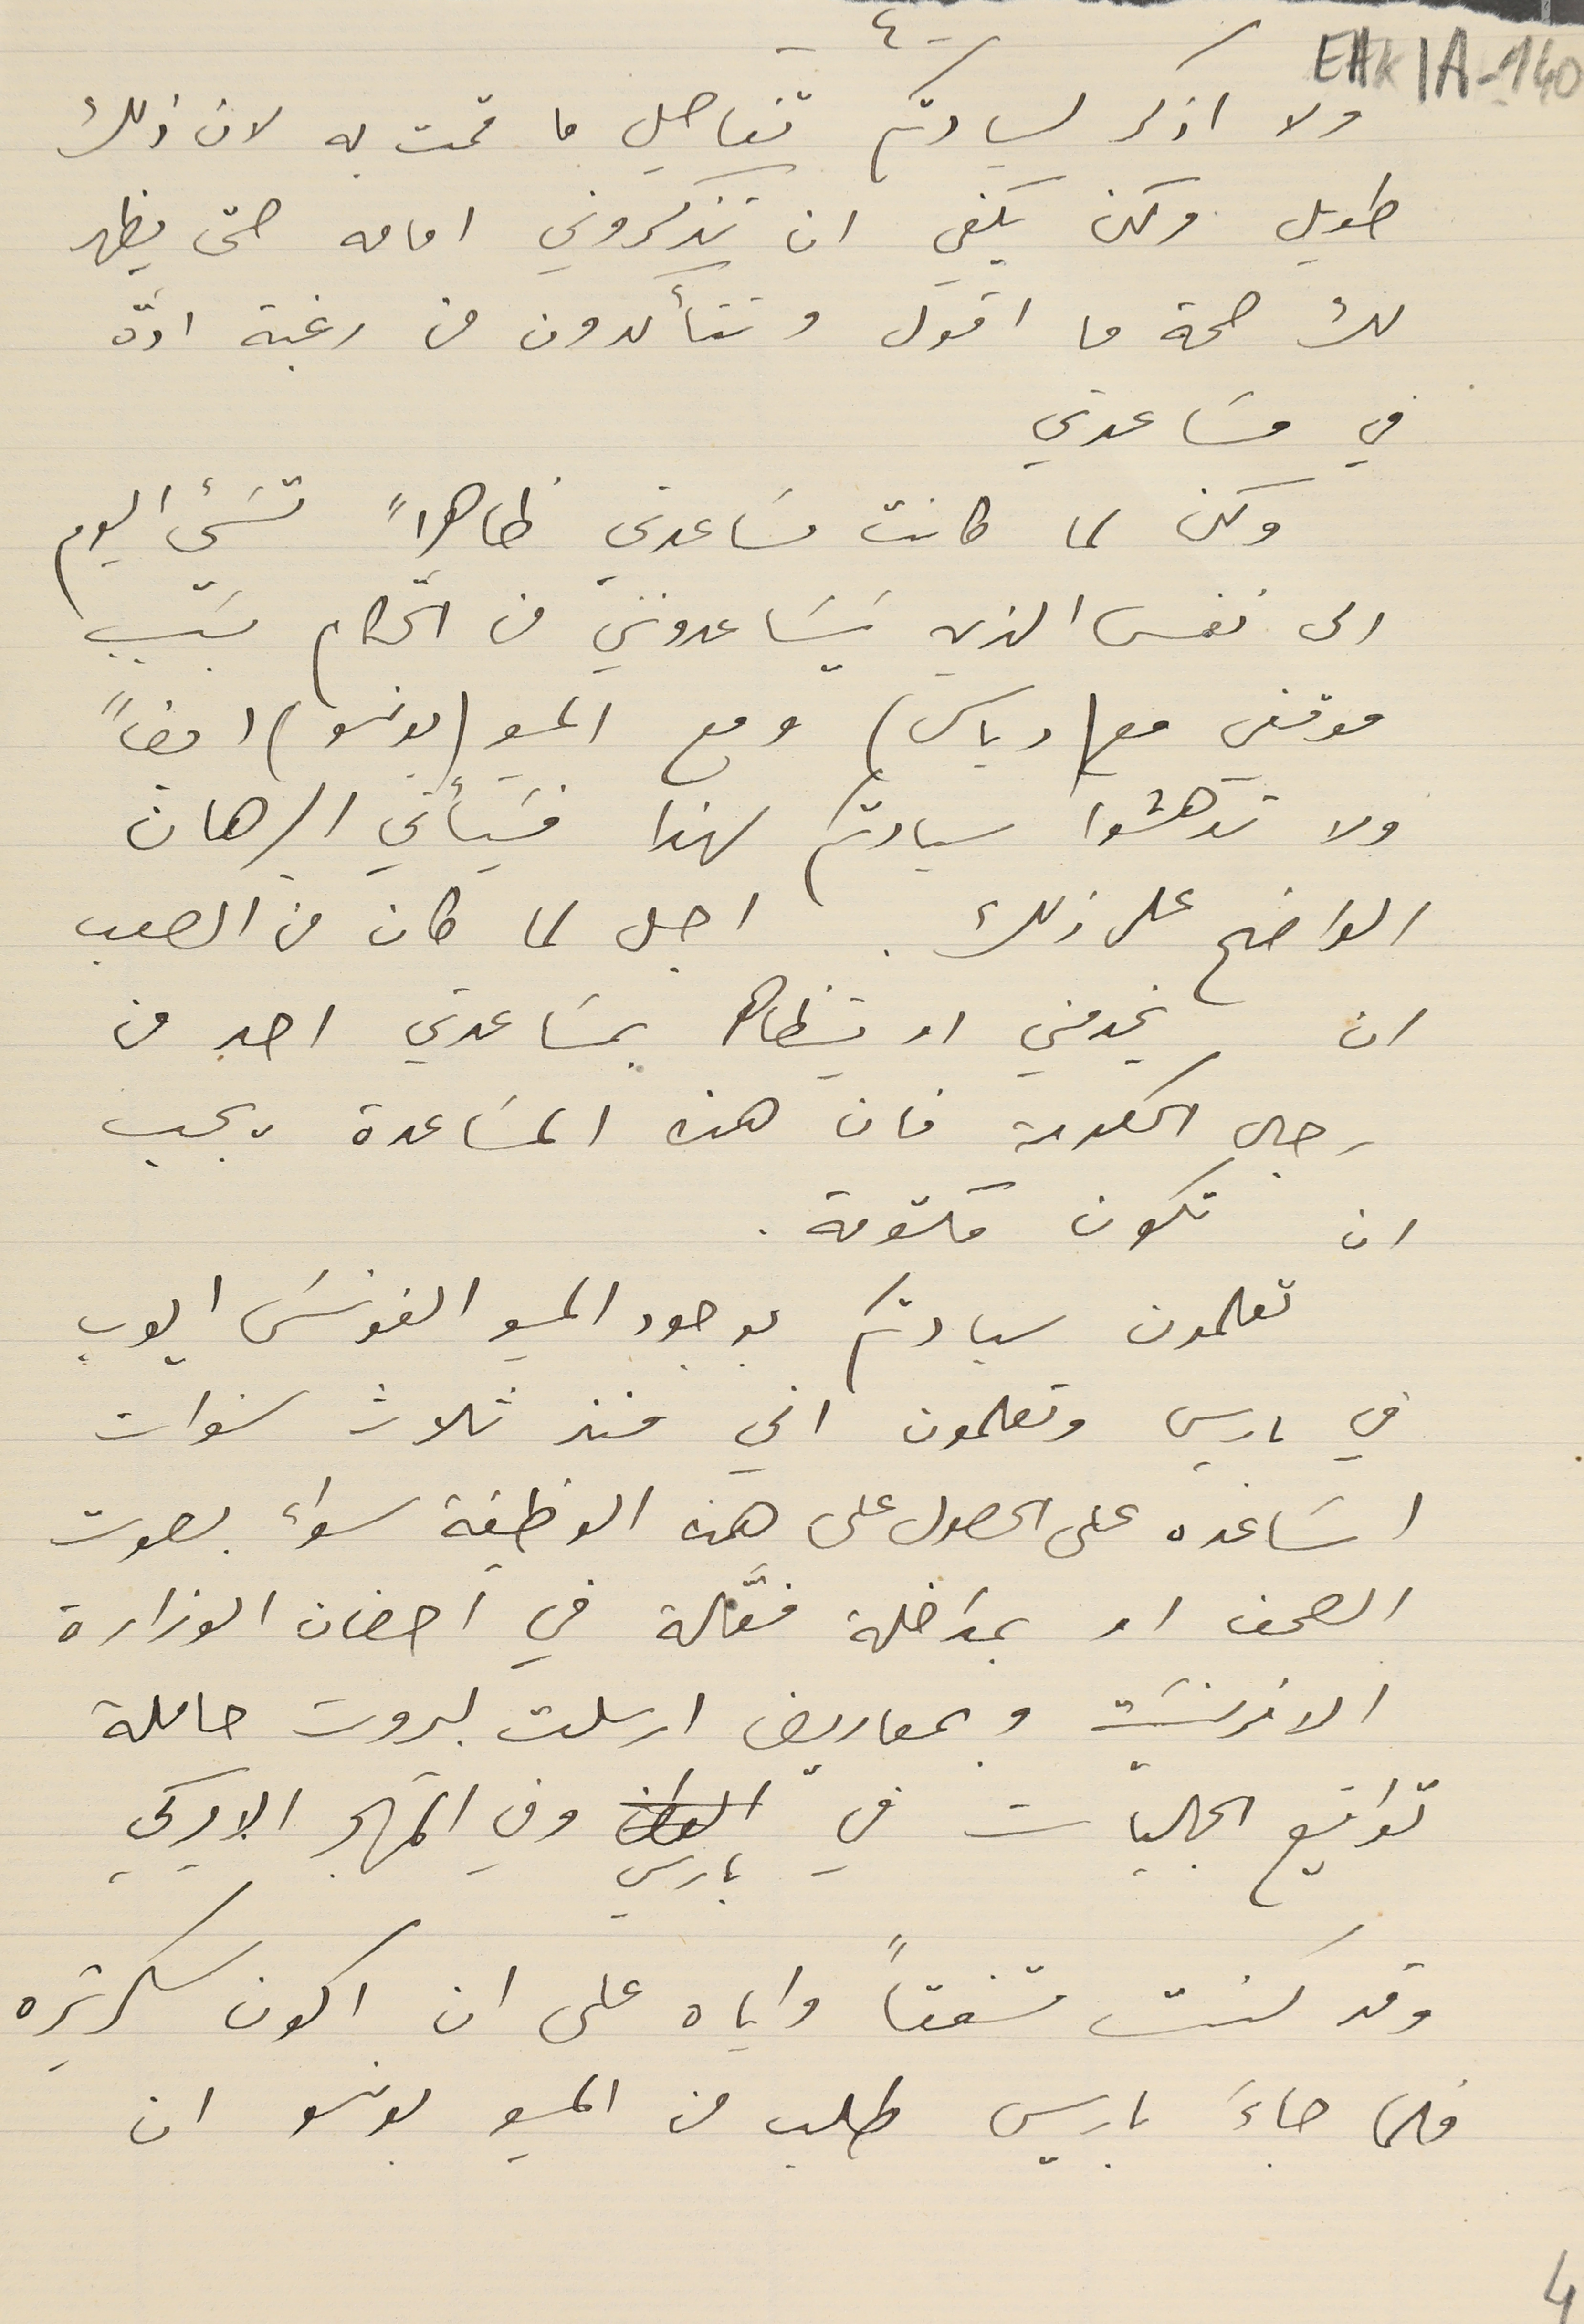
EAK1A-140
طويل ولكن يكفي ان تذكروني امامه حتى يظهر
 لك صحة ما اقول وتتأكدون من رغبة ادّه
 في مسَاعدتي
ولكن لما كانت مسَاعدتي ظاهراً تسَيء اليوم
الى نفس الذي يَسَاعدوني من الحكَّام بسَبب
موقفي مع (دباس) ومع المسيو (بونسو) ايضاً
ولا تدهشوا سيادتكم لهذا فَيأتي البرهان
الواضح على ذلك. اجل لما كان من الصعب
ان يخدمني او يتظاهر بمسَاعدتي احد من
رجال الحكومة فان هذه المسَاعدة يجب
ان تكون مكتومة.
تعلمون سيادتكم بوجود المسيو الفونسَ ايوب
في باريس وتعلمون اني منذ ثلاث سنوات
اسَاعده على الحصول على هذه الوظيفة سواء بصوت
الصحف او بمداخلة فعَّالة في احضان الوزارة
الافرنسَية وبمصاريف ارسلت لبيروت حاملة
 تواقيع الجاليات في باريس وفي المهجر الاميركي
وقد كنت متفقاً واياه على ان اكون سكرتيره
فلما جاءَ باريس طلب من المسيو بونسو ان

-٤-
ولا اذكر لسيادتكم تفاصيل ما قمت به لان ذلك
4